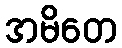
အမိတေ